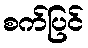
စက်ပြင်